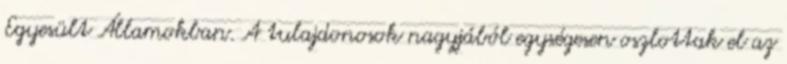
Egyesült Államokban. A tulajdonosok nagyjából egységesen oszlottak el az